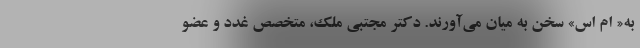
به« ام اس» سخن به میان می‌آورند. دکتر مجتبی ملک، متخصص غدد و عضو